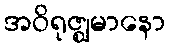
အဝိရုဇ္ဈမာနော